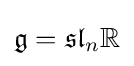
{\mathfrak {g}}={\mathfrak {sl}}_{n}\mathbb {R}